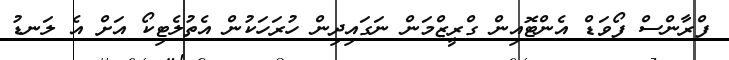
ފްރާންސް ފޯވަޑް އެންޓޮއިން ގްރީޒްމަން ނަގައިދިން ހުރަހަކުން އެތުލެޓިކޯ އަށް އެ ލަނޑު